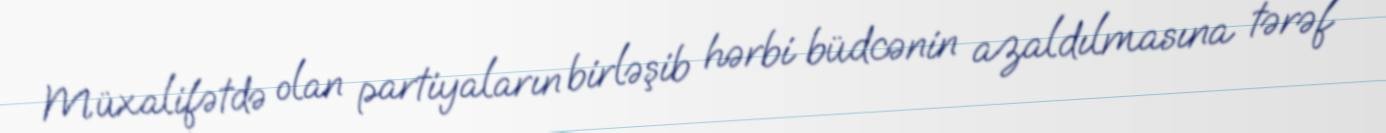
Müxalifətdə olan partiyaların birləşib hərbi büdcənin azaldılmasına tərəf